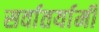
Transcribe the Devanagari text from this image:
सर्वातर्यामी